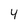
Character: 4